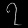
Digit: ၇